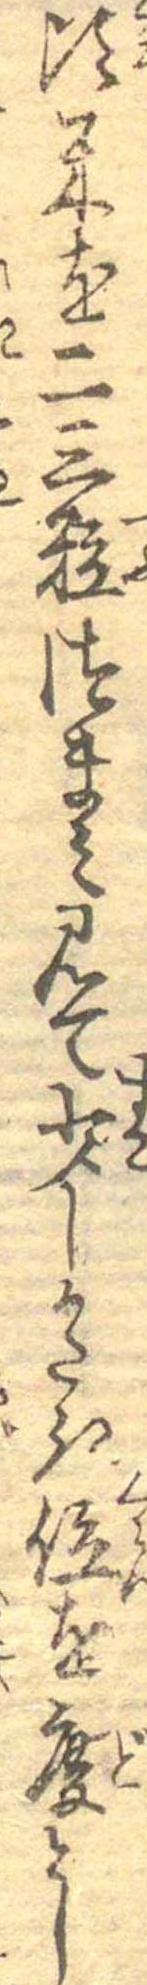
頃米を二三粒つまみ見て少しかたき位を度とし